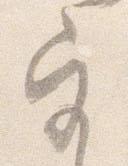
宮